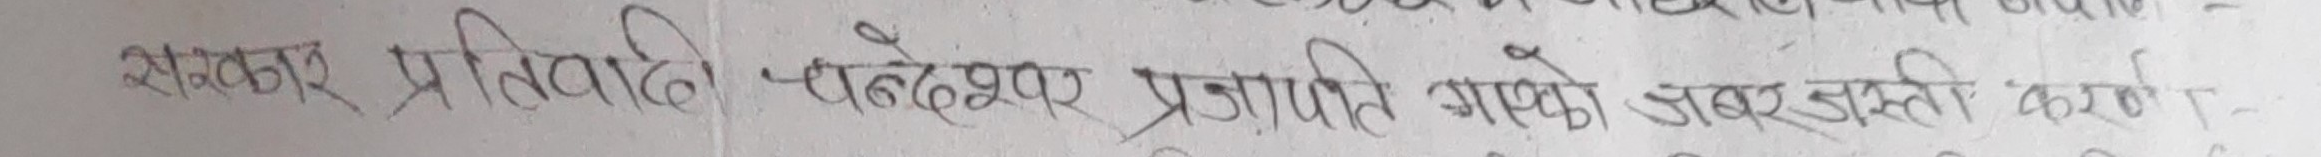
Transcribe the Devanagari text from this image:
सञ्चार प्रतिनिधि - पन्देभर प्रजाति आफ्नो जवरजस्ति कारण -